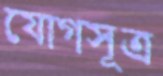
যোগসূত্র